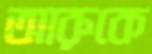
আরুকে